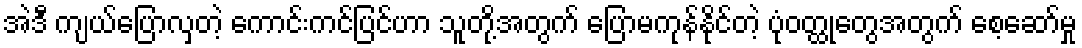
အဲဒီ ကျယ်ပြောလှတဲ့ ကောင်းကင်ပြင်ဟာ သူတို့အတွက် ပြောမကုန်နိုင်တဲ့ ပုံဝတ္ထုတွေအတွက် စေ့ဆော်မှု